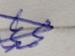
Signature authenticity: genuine